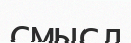
смысл